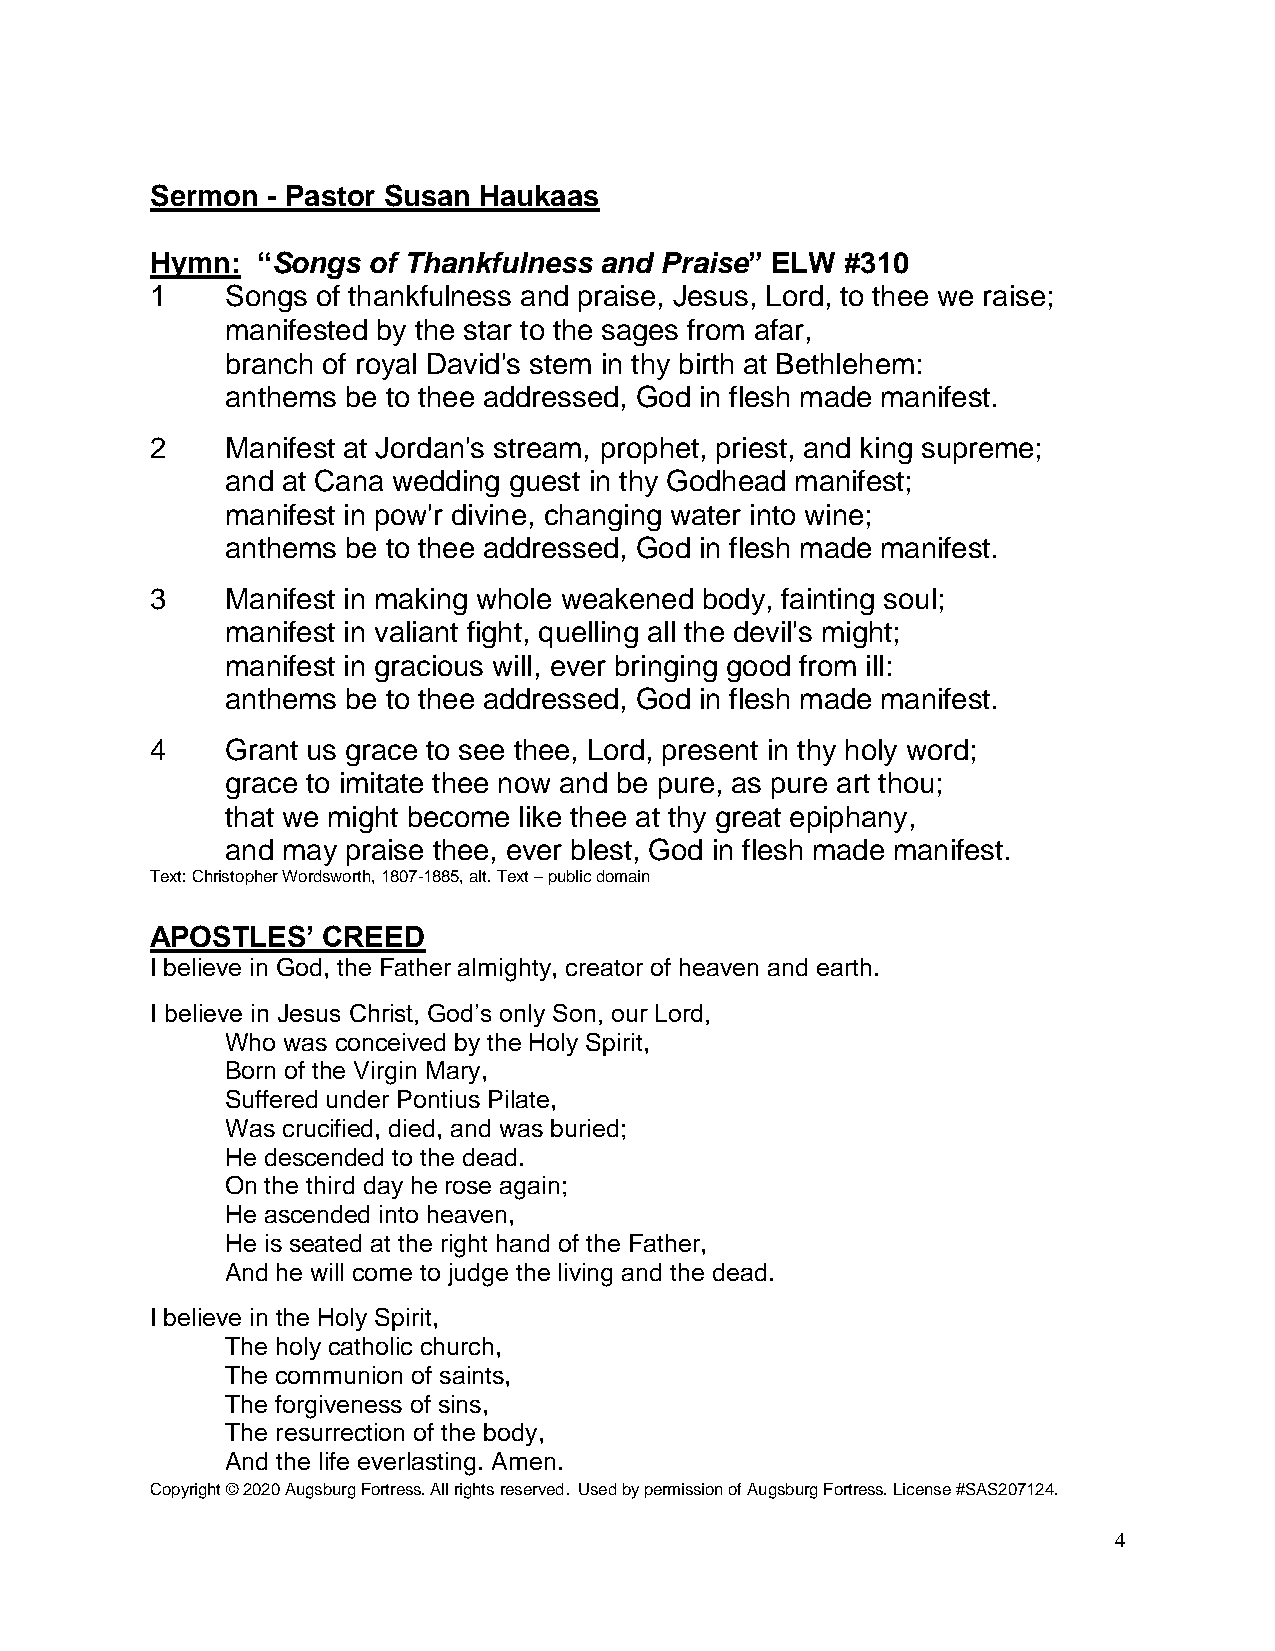
Sermon  - Pastor Susan Haukaas
 Hymn:  “Songs of Thankfulness and Praise” ELW #310
 1    Songs of thankfulness and praise, Jesus, Lord, to thee we raise;
 manifested by the star to the sages from afar,
 branch of royal David's stem in thy birth at Bethlehem:
 anthems be to thee addressed, God in flesh made manifest.
 2    Manifest at Jordan's stream, prophet, priest, and king supreme;
 and at Cana wedding guest in thy Godhead manifest;
 manifest in pow'r divine, changing water into wine;
 anthems be to thee addressed, God in flesh made manifest.
 3    Manifest in making whole weakened body, fainting soul;
 manifest in valiant fight, quelling all the devil's might;
 manifest in gracious will, ever bringing good from ill:
 anthems be to thee addressed, God in flesh made manifest.
 4    Grant us grace to see thee, Lord, present in thy holy word;
 grace to imitate thee now and be pure, as pure art thou;
 that we might become like thee at thy great epiphany,
 and may praise thee, ever blest, God in flesh made manifest.
 Text: Christopher Wordsworth, 1807-1885, alt. Text – public domain
 APOSTLES’  CREED
 I believe in God, the Father almighty, creator of heaven and earth.
 I believe in Jesus Christ, God’s only Son, our Lord,
 Who was conceived by the Holy Spirit,
 Born of the Virgin Mary,
 Suffered under Pontius Pilate,
 Was crucified, died, and was buried;
 He descended to the dead.
 On the third day he rose again;
 He ascended into heaven,
 He is seated at the right hand of the Father,
 And he will come to judge the living and the dead.
 I believe in the Holy Spirit,
 The holy catholic church,
 The communion of saints,
 The forgiveness of sins,
 The resurrection of the body,
 And the life everlasting. Amen.
 Copyright © 2020 Augsburg Fortress. All rights reserved. Used by permission of Augsburg Fortress. License #SAS207124.
 4